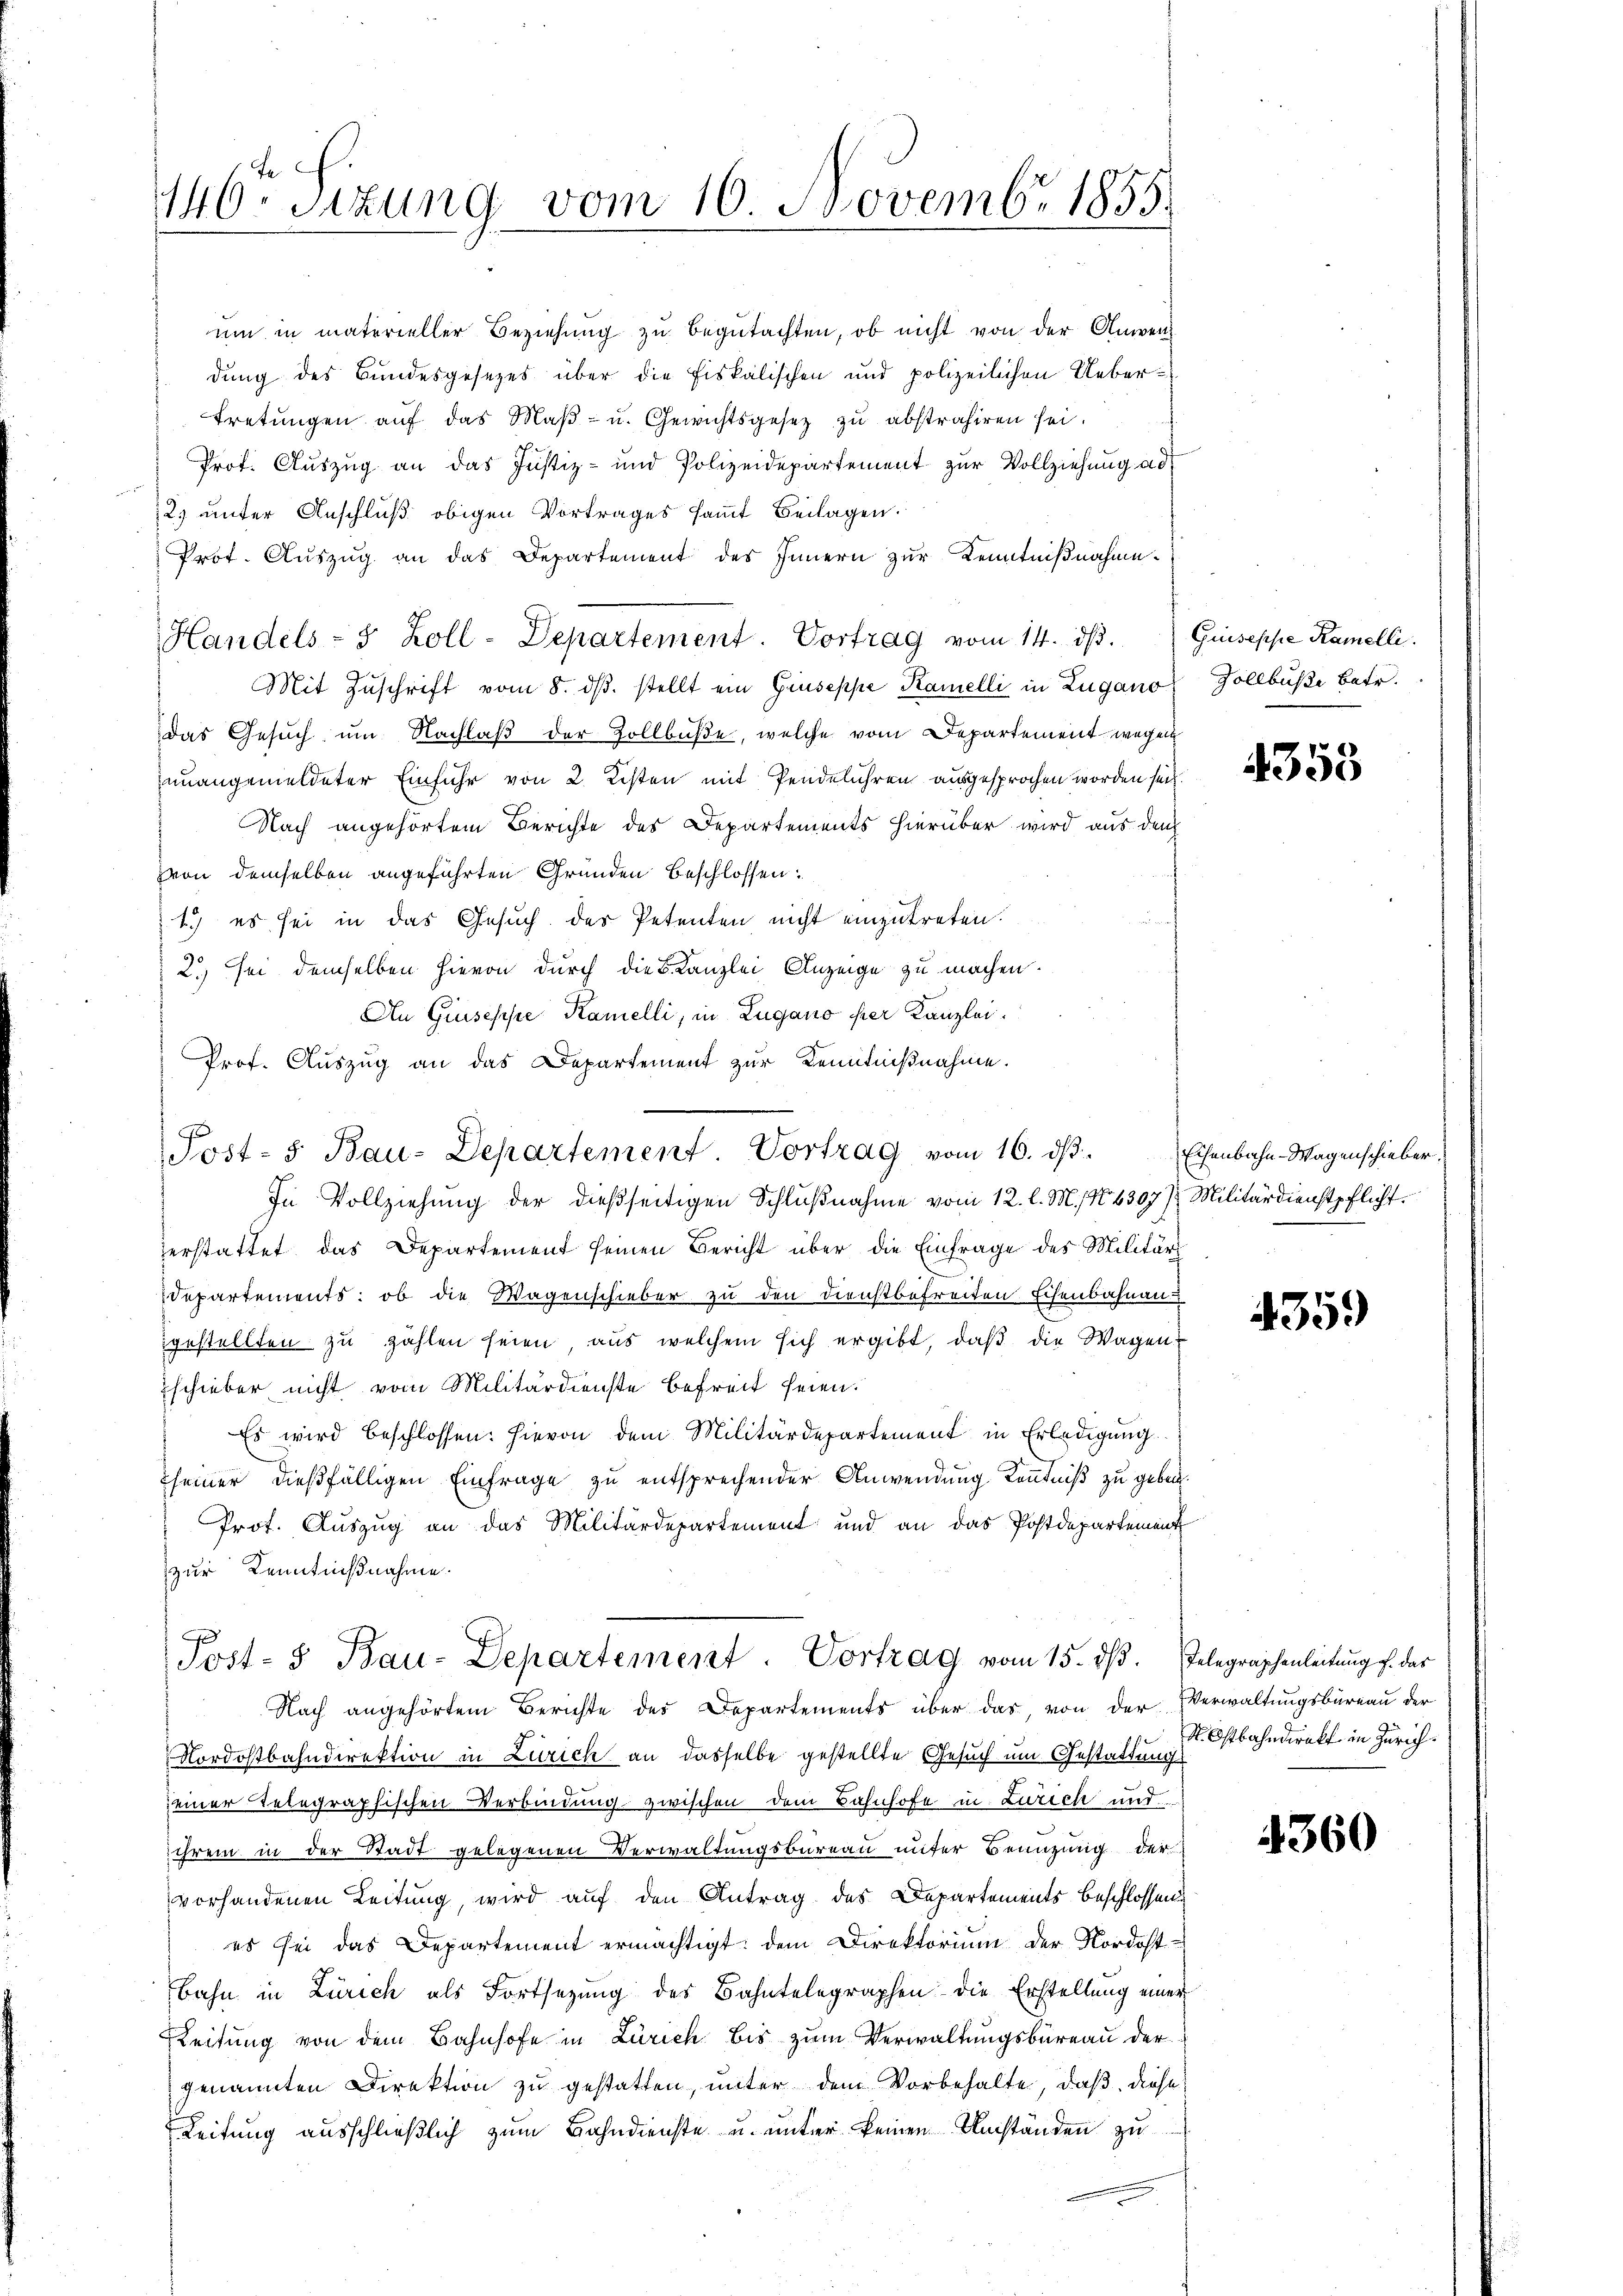
146 Sizung vom 16. Novembr 1855.

um in materieller Beziehung zu begutachten, ob nicht von der Anwen
dung des Bundesgesezes über die Fiskalischen und polizeilichen Uebertretŭngen aŭf das Maβ- u. Gewichtsgesetz zŭ abstrahiren sei.
Prof. Auszug an das Justiz- und Polizeidepartement zur Vollziehung ad
2) unter Anschluß obigen Vortrages sammt Beilagen.
Prot. Auszug an das Departement des Innern zur Kenntnißnahme.
Mit Zuschrift vom 8. dβ. stellt ein Giuseppe Kamelli in Zugano Zollbuße betr.
das Gesuch, um Nachlaß der Zollbuße, welche vom Departement wegen
unangemeldeter Einfuhr von 2. Kisten mit Pendelühren ausgesprochen worden sei.
Nach angehörtem Berichte des Departements hierüber wird aus den
von demselben angeführten Gründen beschlossen:
1.) es sei in das Gesuch des Petenten nicht einzutreten.
2.) Sei demselben hievon durch die Kanzlei Anzeige zu machen.
An Giuseppe Kamelli, in Lugano per Kanzlei.
Prof. Auszug an das Departement zur Kenntnißnahme.
Post- 5. Bau-Departement. Vortrag vom 16. dβ
In Vollziehung der dießseitigen Schlußnahme vom 12. l. M. N. 6307/2 Militärdienstpflicht.
zerstattet das Departement seinen Bericht über die Einfrage des Militärs
Departements: ob die Wagenschieber zu den Dienstbefreiten Eisenbahnau
gestellten zu zählen seien, aus welchem sich ergibt, daß die Wagen
schieber nicht vom Militärdienste befreit seien.
Es wird beschlossen: hievon dem Militärdepartement in Erledigŭng.
seiner dießfälligen Einfrage zu entsprechender Anwendung Kenntniß zu geben.
Prof. Auszug an das Militärdepartement und an das Postdepartement
zur Kenntnißnahme.

Handels- & Zoll-Departement. Vortrag vom 14. dβ.

Post- & Bau-Departement. Vortrag vom 15. ds.

Guiseppe Kamelli

Nach angehörtem Berichte des Departements über das von der Verwaltungsbureau der
Nordostbahndirektion in Zürich an dasselbe gestellte Gesuch um Gestattungs
einer Relegraphischen Verbindung zwischen dem Bahnhofe in Zürich und
ihrem in der Stadt gelegenen Verwaltungsbureau unter Benuzung der
vorhandenen Leitung, wird auf den Antrag des Departements beschlossen
es sei das Departement ermächtigt, dem Direktorium der Nordost
Bahn in Zürich als Fortsezung des Bahntelegraphen die Erstellung einer
Leitung von dem Bahnhofe in Zürich bis zum Verwaltungsbureau der
genannten Direktion zu gestatten, unter dem Vorbehalte, daß diese
Leitung ausschließlich zum Bahndienste u. unter keinen Umständen zu

4353

Eisenbahn-Wagenschieber.

435.

Telegraphenleitung f. das
S. Ostbahndirekt in Zürich.

360